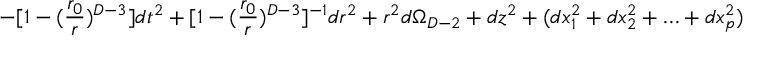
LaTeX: - [ 1 - ( { \frac { r _ { 0 } } { r } } ) ^ { D - 3 } ] d t ^ { 2 } + [ 1 - ( { \frac { r _ { 0 } } { r } } ) ^ { D - 3 } ] ^ { - 1 } d r ^ { 2 } + r ^ { 2 } d \Omega _ { D - 2 } + d z ^ { 2 } + ( d x _ { 1 } ^ { 2 } + d x _ { 2 } ^ { 2 } + \ldots + d x _ { p } ^ { 2 } )